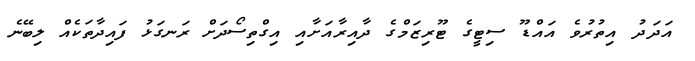
އަދަދު އިތުރުވެ އައްޑޫ ސިޓީގެ ޓޫރިޒަމްގެ ދާއިރާއަށާއި އިގްތިސޯދަށް ރަނގަޅު ފައިދާތަކެއް ލިބޭނެ